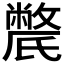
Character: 𣱔